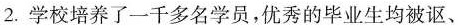
2.学校培养了一千多名学员，优秀的毕业生均被讴、